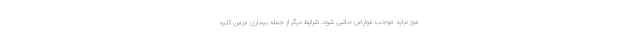
موز نباید موجب عوارض جانبی شود. شرایط دیگر از جمله بیماری مزمن کلیه